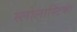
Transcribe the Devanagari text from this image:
स्लोलास्टिका